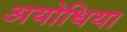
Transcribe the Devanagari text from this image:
अयोधिया